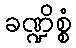
ခဏ္ဍိစ္စံ